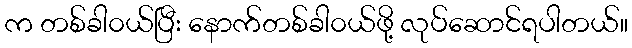
က တစ်ခါ၀ယ်ပြီး နောက်တစ်ခါ၀ယ်ဖို့ လုပ်ဆောင်ရပါတယ်။